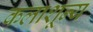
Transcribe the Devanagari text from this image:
कलाशून्य